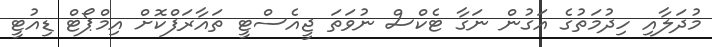
މުދަލާއި ހިދުމަތުގެ އަގުން ނަގާ ޓެކްސް ނުވަތަ ޖީއެސްޓީ ތައާރަފްކޮށް އިމްޕޯޓް ޑިއުޓީ